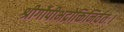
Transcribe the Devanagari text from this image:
श्रीर्गोपीभद्रोक्तिनिर्वतः।